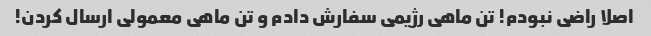
اصلا راضی نبودم! تن ماهی رژیمی سفارش دادم و تن ماهی معمولی ارسال کردن!